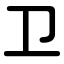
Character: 卫